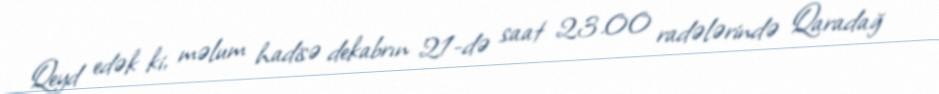
Qeyd edək ki, məlum hadisə dekabrın 21-də saat 23.00 radələrində Qaradağ